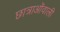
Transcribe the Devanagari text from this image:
छात्राओंवाली